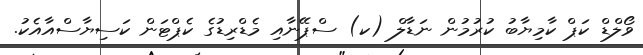
ވޯލްޑް ކަޕް ކާމިޔާބު ކުރުމުން ނަޑާލް (ކ) ސްޕޭނާއި މެޑްރިޑުގެ ކެޕްޓަން ކަސިޔާސްއާއެކު.